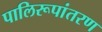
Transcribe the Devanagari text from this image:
पालिरूपांतरण